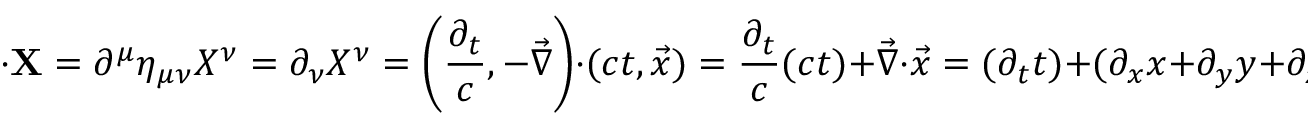
\mathbf { \partial } \cdot \mathbf { X } = \partial ^ { \mu } \eta _ { \mu \nu } X ^ { \nu } = \partial _ { \nu } X ^ { \nu } = \left( { \frac { \partial _ { t } } { c } } , - { \vec { \nabla } } \right) \cdot ( c t , { \vec { x } } ) = { \frac { \partial _ { t } } { c } } ( c t ) + { \vec { \nabla } } \cdot { \vec { x } } = ( \partial _ { t } t ) + ( \partial _ { x } x + \partial _ { y } y + \partial _ { z } z ) = ( 1 ) + ( 3 ) = 4